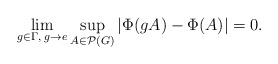
\begin{align*} \lim\limits_{g\in\Gamma,\; g\rightarrow e}\sup_{A\in\mathcal P(G)}|\Phi(gA)-\Phi(A)|=0. \end{align*}